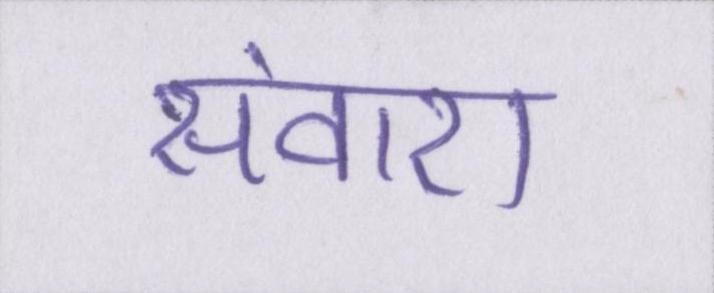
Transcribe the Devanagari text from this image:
संवारा